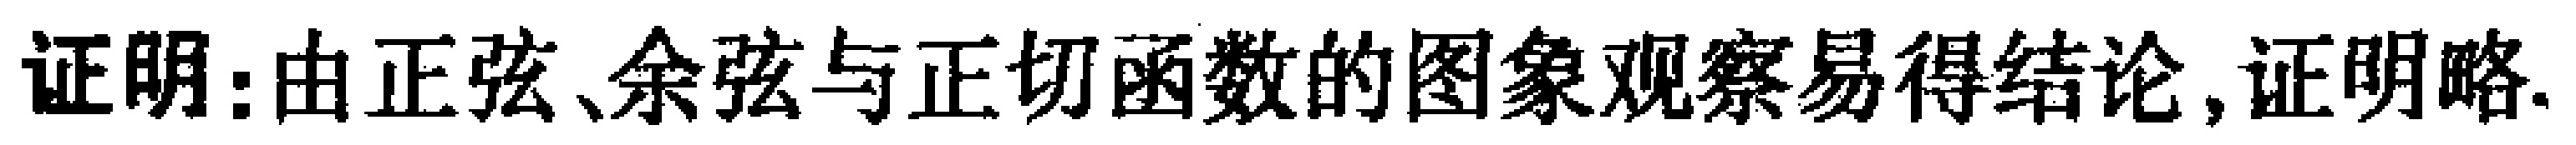
证明:由正弦、余弦与正切函数的图象观察易得结论,证明略.